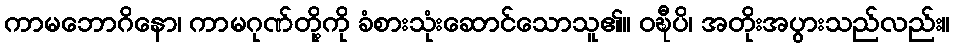
ကာမဘောဂိနော၊ ကာမဂုဏ်တို့ကို ခံစားသုံးဆောင်သောသူ၏။ ဝဍ္ဎီပိ၊ အတိုးအပွားသည်လည်း။